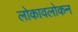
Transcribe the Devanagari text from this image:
लोकावलोकन